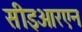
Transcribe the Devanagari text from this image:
सीइआरएन